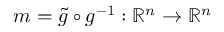
m = \widetilde { g } \circ g ^ { - 1 } : \mathbb { R } ^ { n } \to \mathbb { R } ^ { n }